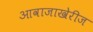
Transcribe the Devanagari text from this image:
आवाजाखेरीज